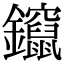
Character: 鑹